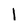
Character: l